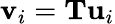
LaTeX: \mathbf{v}_{i}=\mathbf{T}\mathbf{u}_{i}